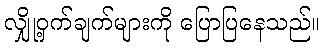
လျှို့ဝှက်ချက်များကို ပြောပြနေသည်။